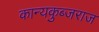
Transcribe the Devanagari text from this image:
कान्यकुब्जराज